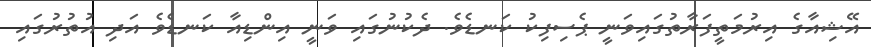
އޭޝިއާގެ އިރުމަތީފަރާތުގައިވަނީ ޕެސިފިކު ކަނޑެވެ. ދެކުނުގައި ވަނީ އިންޑިއާ ކަނޑެވެ އަދި އުތުރުގައި